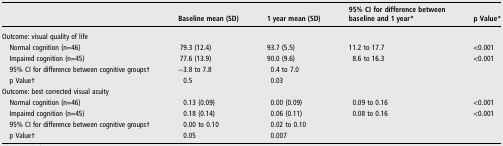
<table><thead><tr><td></td><td><b>Baseline mean (SD)</b></td><td><b>1 year mean (SD)</b></td><td><b>95% CI for difference between baseline and 1 year*</b></td><td><b>p Value*</b></td></tr></thead><tbody><tr><td colspan="5">Outcome: visual quality of life</td></tr><tr><td> Normal cognition (n=46)</td><td>79.3 (12.4)</td><td>93.7 (5.5)</td><td>11.2 to 17.7</td><td>&lt;0.001</td></tr><tr><td> Impaired cognition (n=45)</td><td>77.6 (13.9)</td><td>90.0 (9.6)</td><td>8.6 to 16.3</td><td>&lt;0.001</td></tr><tr><td> 95% CI for difference between cognitive groups†</td><td>−3.8 to 7.8</td><td>0.4 to 7.0</td><td></td><td></td></tr><tr><td> p Value†</td><td>0.5</td><td>0.03</td><td></td><td></td></tr><tr><td colspan="5">Outcome: best corrected visual acuity</td></tr><tr><td> Normal cognition (n=46)</td><td>0.13 (0.09)</td><td>0.00 (0.09)</td><td>0.09 to 0.16</td><td>&lt;0.001</td></tr><tr><td> Impaired cognition (n=45)</td><td>0.18 (0.14)</td><td>0.06 (0.11)</td><td>0.08 to 0.16</td><td>&lt;0.001</td></tr><tr><td> 95% CI for difference between cognitive groups†</td><td>0.00 to 0.10</td><td>0.02 to 0.10</td><td></td><td></td></tr><tr><td> p Value†</td><td>0.05</td><td>0.007</td><td></td><td></td></tr></tbody></table>